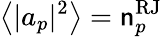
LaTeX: \left<|a_{p}|^{2}\right>=\mathsf{n}_{p}^{\mathrm{{RJ}}}